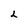
Character: L